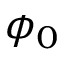
\phi _ { 0 }